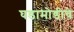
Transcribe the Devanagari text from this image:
घडामोडीचे